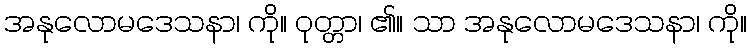
အနုလောမဒေသနာ၊ ကို။ ဝုတ္တာ၊ ၏။ သာ အနုလောမဒေသနာ၊ ကို။